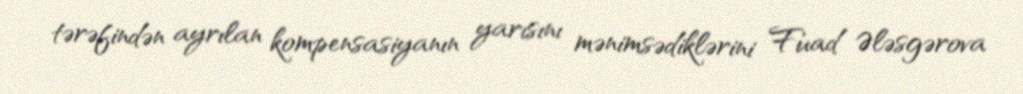
tərəfindən ayrılan kompensasiyanın yarısını mənimsədiklərini Fuad Ələsgərova